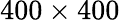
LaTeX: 400\times 400